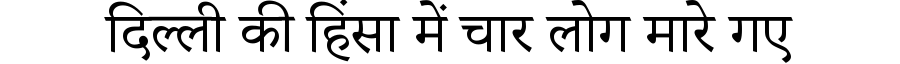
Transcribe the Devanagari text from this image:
दिल्ली की हिंसा में चार लोग मारे गए